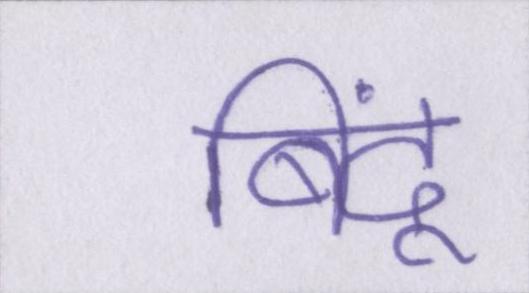
बिंदू